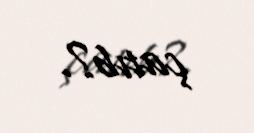
çatıb?.